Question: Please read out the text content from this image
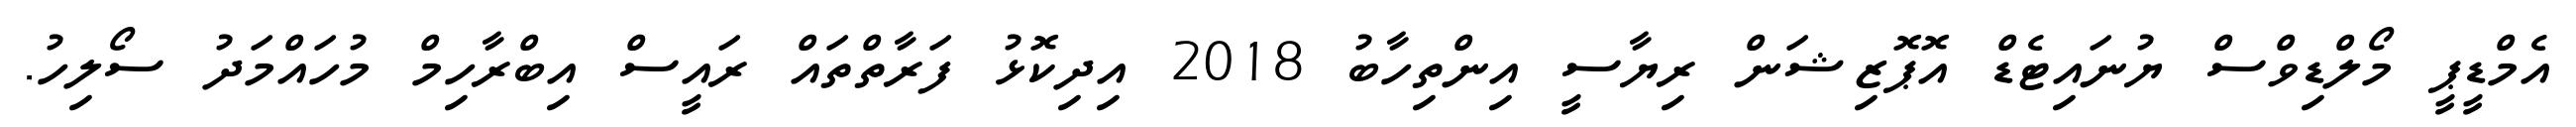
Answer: އެމްޑީޕީ މޯލްޑިވްސް ޔުނައިޓެޑް އޮޕޮޒިޝަން ރިޔާސީ އިންތިހާބު 2018 އިދިކޮޅު ފަރާތްތައް ރައީސް އިބްރާހިމް މުހައްމަދު ސޯލިހު.